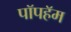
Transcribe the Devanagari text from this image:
पॉपहॅम